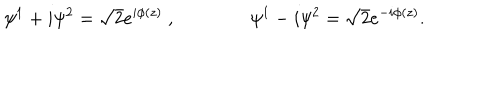
LaTeX: \psi ^ { 1 } + i \psi ^ { 2 } = \sqrt 2 e ^ { i \phi ( z ) } \ , \qquad \qquad \psi ^ { 1 } - i \psi ^ { 2 } = \sqrt 2 e ^ { - i \phi ( z ) } .